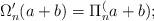
LaTeX: \begin{align*}\Omega_n'(a+b)= \Pi_n^(a+b);\end{align*}